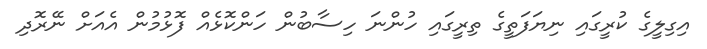
އިގިލީގެ ކުރީގައި ނިޔަފަތީގެ ތިރީގައި ހުންނަ ހިސާބުން ހަންކޮޅެއް ފޮޅުމުން އެއަށް ނޭރޮދި